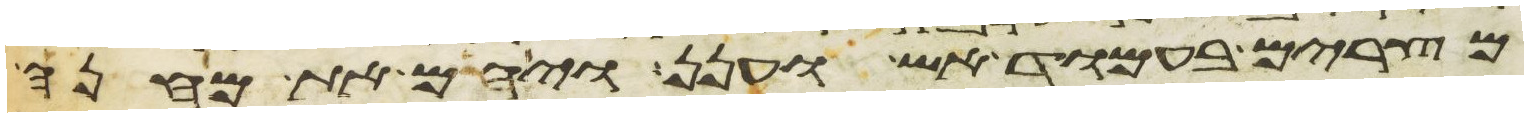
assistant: מצרים בעמוד אש וענן ויהם את מחנה